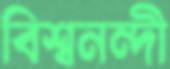
বিশ্বনন্দী